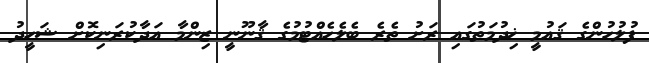
ފުލުހުންގެ ޤައުމީ ޚިދުމަތުގައި ރަށު ތެރެ ބެލެހެއްޓުމުގެ ޤާނޫނީ ޒިންމާ އަދާކުރަނިކޮށް ޝަހީދު